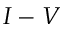
I - V